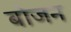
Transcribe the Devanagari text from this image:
बोजन